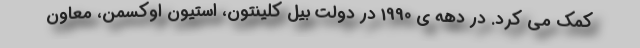
کمک می کرد. در دهه ی 1990 در دولت بیل کلینتون، استیون اوکسمن، معاون